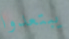
يبتعدوا